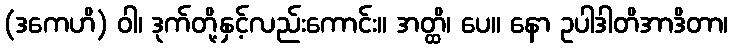
(ဒကေဟိ) ဝါ၊ ဒုက်တို့နှင့်လည်းကောင်း။ အတ္ထိ၊ ပေ။ နော ဥပါဒါတိအာဒိတာ၊